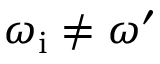
\omega _ { \mathrm { i } } \neq \omega ^ { \prime }